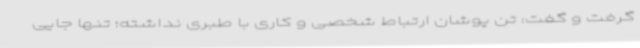
گرفت و گفت: تن پوشان ارتباط شخصی و کاری با طبری نداشته؛ تنها جایی